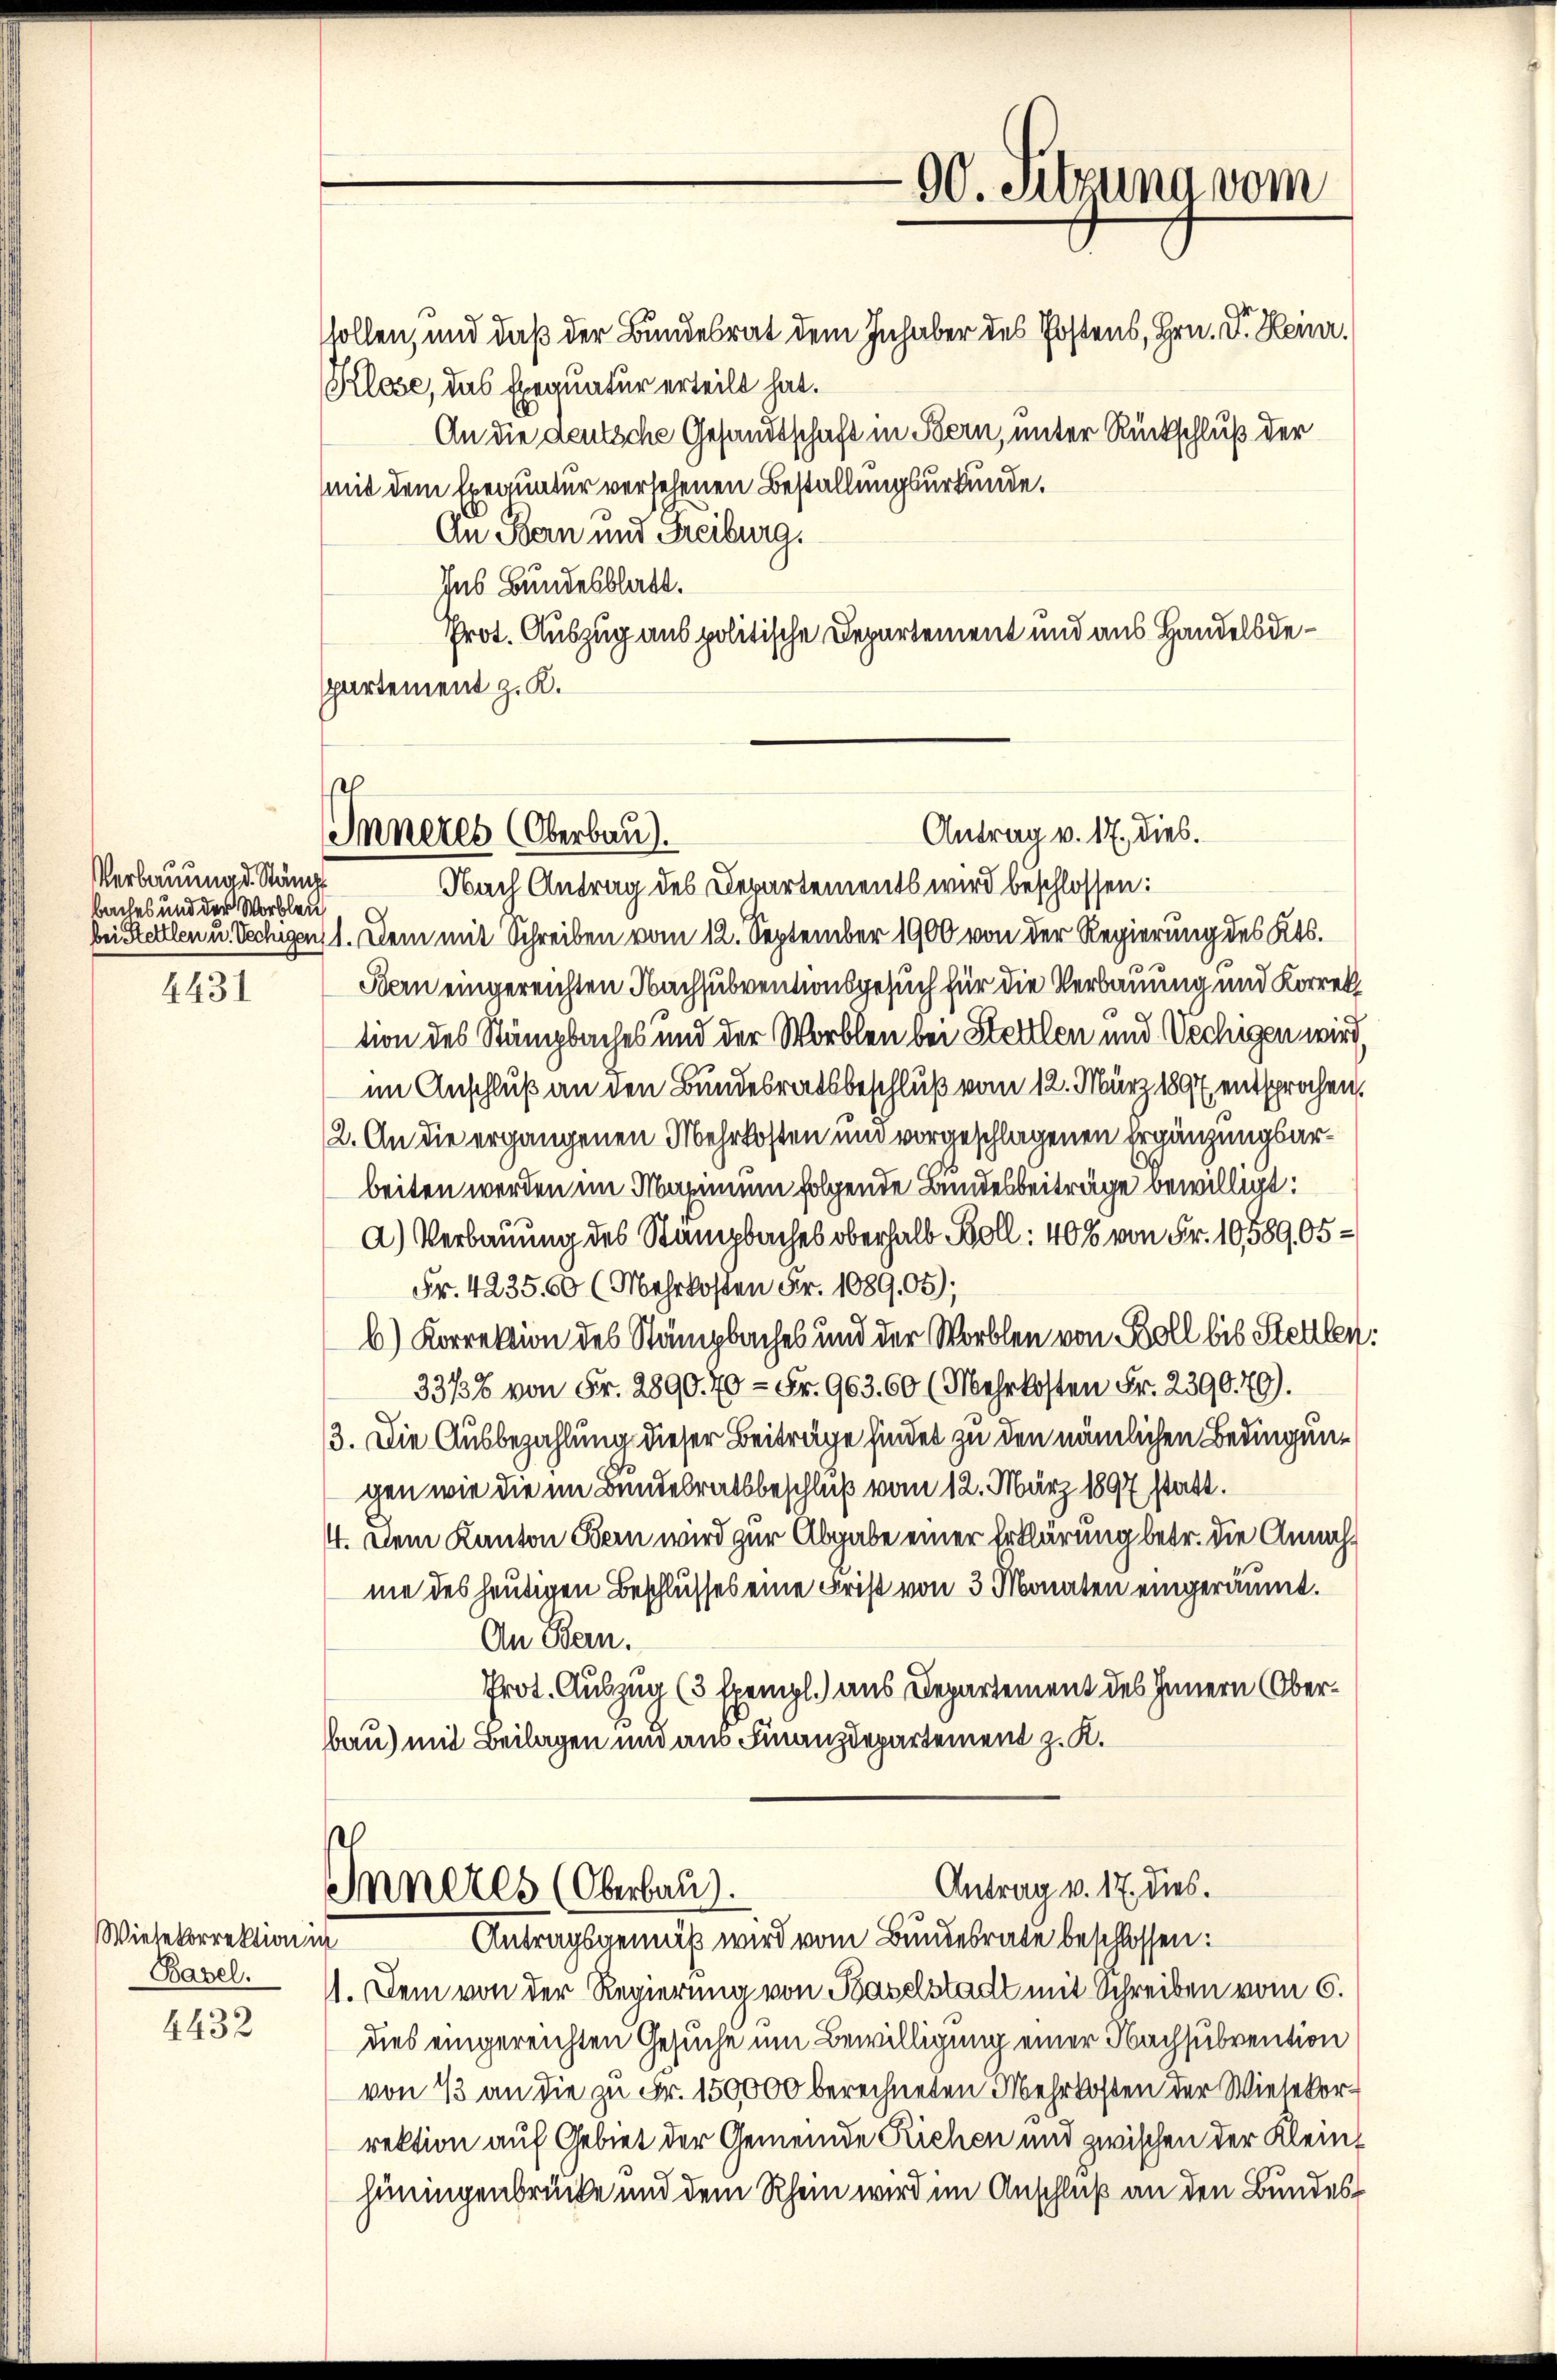
Verbauung d. Ständ
baches und der Worblei
4431

Wietekorrektion in
Basel.
4432

Klose, das Exequatur erteilt hat.
mit dem Exequatur versehenen Bestallungsurkunde.
An Bern und Freiburg.
des Bundesblatt.
Prot. Auszug aus politische Departement und aus Handelsdespartement z. K.

Inneres (Oberbau).

90. Sitzung vom
stollen, und daß der Bundesrat dem Inhaber des Postens, Hrn. V. Heinr.
An die deutsche Gesandtschaft in Bern, unter Rückschluß der

Nach Antrag des Departements wird beschlossen:
bei Stettlen u. Vechigen 1. Dem mit Schreiben vom 12. September 1900 von der Regierung des Kts.
Bern eingereichten Nachsubventionsgesuch für die Verbauung und Korrek
tion des Stämpbaches und der Worblen bei Stellen und Vechigen wird.
im Anschluß an den Bundesratsbeschluß vom 12. März 1897, entsprochen,
2. An die ergangenen Mehrkosten und vorgeschlagenen Ergänzungsarbeiten werden im Maximum folgende Bundesbeiträge bewilligt:
a) Verbauung des Stampbaches oberhalb Boll: 408 von Fr. 10,589,05-
Fr. 4235. 60 (Mehrkosten Fr. 1089,05);
b) Korrektion des Stämpbaches und der Worblen von Boll bis Stellen:
33/3% von Fr. 2890. 70 = Fr. 963. 60 (Mehrkosten Fr. 239079).
3. Die Ausbezahlung dieser Beiträge findet zu den nämlichen Bedingungen wie die im Bundesratsbeschluß vom 12. März 1897 statt.
4. Dem Kanton Bern wird zur Abgabe einer Erklärung betr. die Annahme des heutigen Beschlusses eine Frist von 3 Monaten eingeräumt.
An Bern.
Prot. Auszug (3 Exempl.) aus Departement des Innern Oberbau) mit Beilagen und aus Finanzdepartement z. K.

Antrag v. 17. dies.

Antrag v. 17. dies.
Inneres (Oberbau).
Antragsgemäß wird vom Bundesrate beschlossen:

1. Dem von der Regierung von Baselstadt mit Schreiben vom 6.
dies eingereichten Gesuche um Bewilligung einer Nachsubvention
von 13 an die zu Fr. 150000 berechneten Mehrkosten der Wiesekorrektion auf Gebiet der Gemeinde Kichen und zwischen der Kleinhiningenbrücke und dem Rhein wird im Anschluß an den Bundes¬